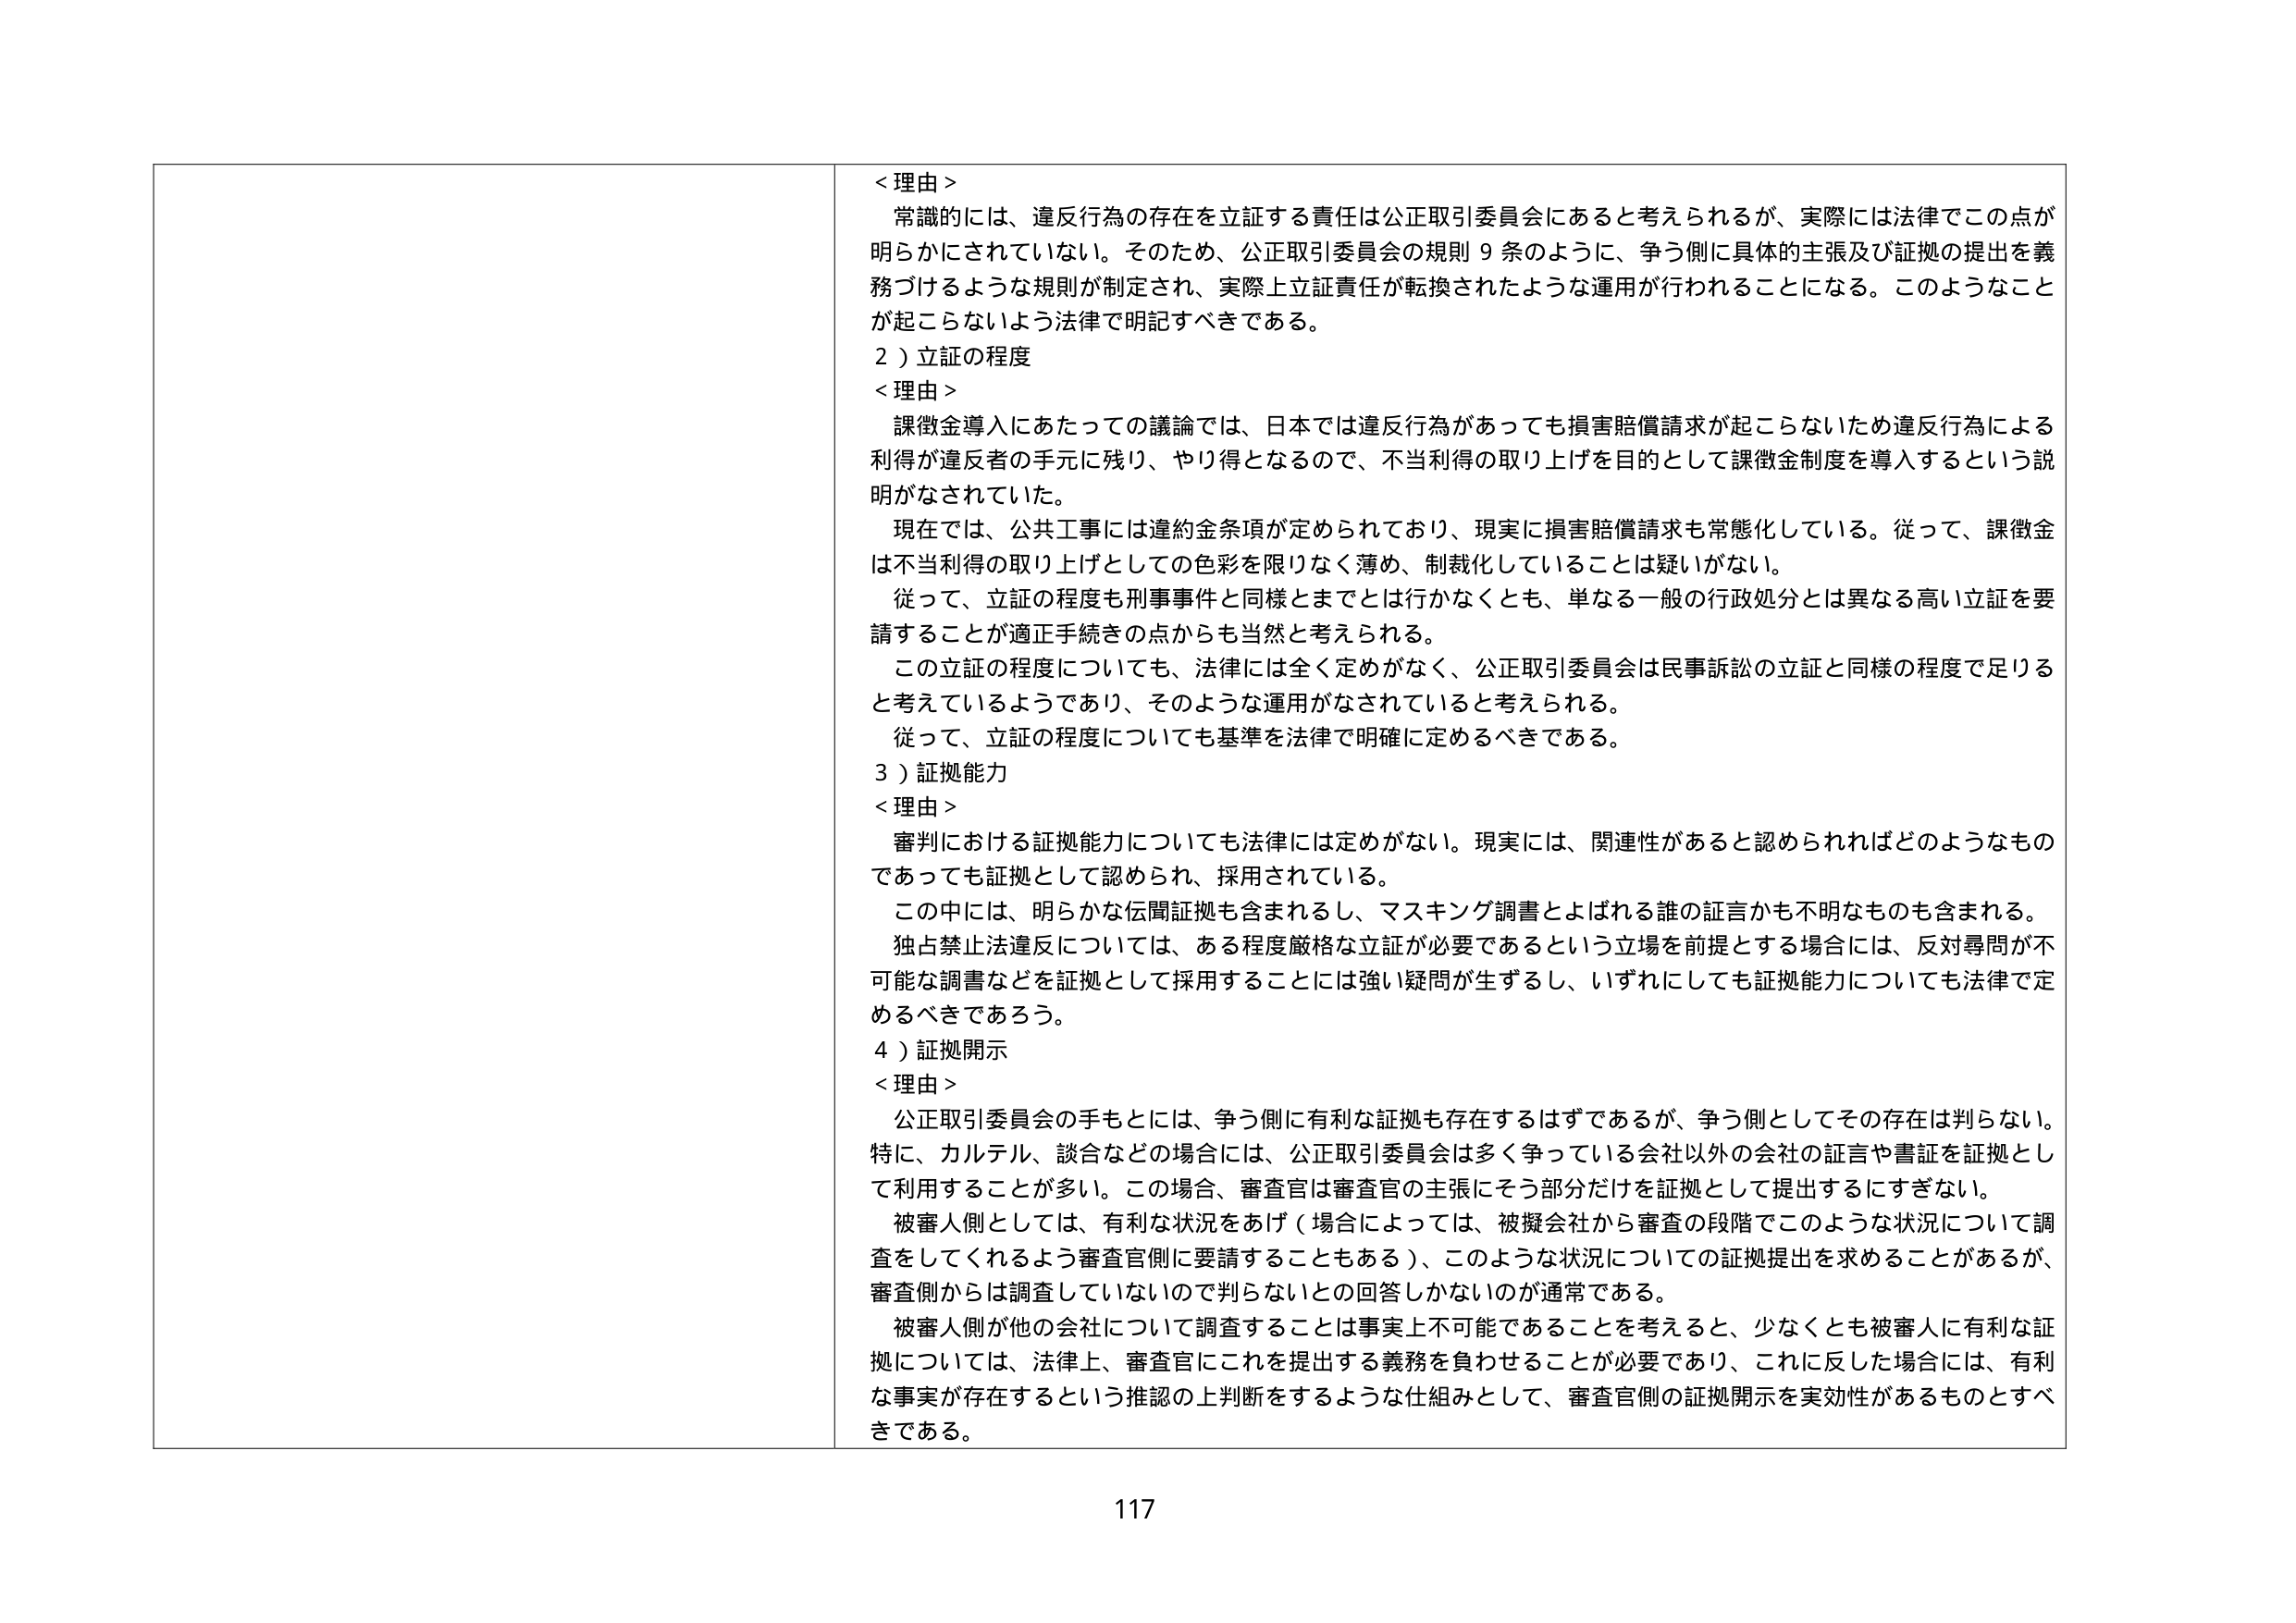
＜理由＞
常識的には、違反行為の存在を立証する責任は公正取引委員会にあると考えられるが、実際には法律でこの点が明らかにされていない。そのため、公正取引委員会の規則９条のように、争う側に具体的主張及び証拠の提出を義務づけるような規則が制定され、実際上立証責任が転換されたような運用が行われることになる。このようなことが起こらないよう法律で明記すべきである。

２）立証の程度
＜理由＞
課徴金導入にあたっての議論では、日本では違反行為があっても損害賠償請求が起こらないため違反行為による利得が違反者の手元に残り、やり得となるので、不当利得の取り上げを目的として課徴金制度を導入するという説明がなされていた。
現在では、公共工事には違約金条項が定められており、現実に損害賠償請求も常態化している。従って、課徴金は不当利得の取り上げとしての色彩を限りなく薄め、制裁化していることは疑いがない。
従って、立証の程度も刑事事件と同様とまでとは行かなくとも、単なる一般の行政処分とは異なる高い立証を要請することが適正手続きの点からも当然と考えられる。
この立証の程度についても、法律には全く定めがなく、公正取引委員会は民事訴訟の立証と同様の程度で足りると考えているようであり、そのような運用がなされていると考えられる。
従って、立証の程度についても基準を法律で明確に定めるべきである。

３）証拠能力
＜理由＞
審判における証拠能力についても法律には定めがない。現実には、関連性があると認められればどのようなものであっても証拠として認められ、採用されている。
この中には、明らかな伝聞証拠も含まれるし、マスキング調書とよばれる誰の証言かも不明なものも含まれる。
独占禁止法違反については、ある程度厳格な立証が必要であるという立場を前提とする場合には、反対尋問が不可能な調書などを証拠として採用することには強い疑問が生ずるし、いずれにしても証拠能力についても法律で定めるべきであろう。

４）証拠開示
＜理由＞
公正取引委員会の手もとには、争う側に有利な証拠も存在するはずであるが、争う側としてその存在は判らない。特に、カルテル、談合などの場合には、公正取引委員会は多く争っている会社以外の会社の証言や書証を証拠として利用することが多い。この場合、審査官は審査官の主張にそう部分だけを証拠として提出するにすぎない。
被審人側としては、有利な状況をあげ（場合によっては、被擬会社から審査の段階でこのような状況について調査をしてくれるよう審査官側に要請することもある）、このような状況についての証拠提出を求めることがあるが、審査側からは調査していないので判らないとの回答しかないのが通常である。
被審人側が他の会社について調査することは事実上不可能であることを考えると、少なくとも被審人に有利な証拠については、法律上、審査官にこれを提出する義務を負わせることが必要であり、これに反した場合には、有利な事実が存在するという推認の上判断をするような仕組みとして、審査官側の証拠開示を実効性があるものとすべきである。

117